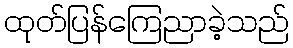
ထုတ်ပြန်ကြေညာခဲ့သည်